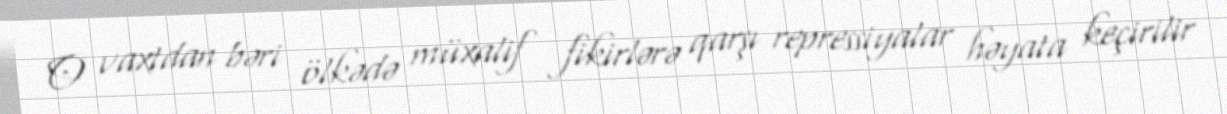
O vaxtdan bəri ölkədə müxalif fikirlərə qarşı repressiyalar həyata keçirilir